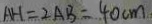
A H = 2 A B = 4 0 c m